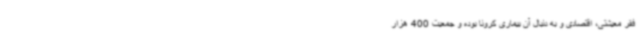
فقر معیشتی، اقتصادی و به دنبال آن بیماری کرونا بوده و جمعیت 400 هزار